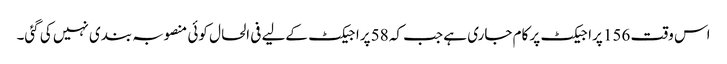
اس وقت 156 پراجیکٹ پر کام جاری ہے جب کہ 58 پراجیکٹ کےلیے فی الحال کوئی منصوبہ بندی نہیں کی گئی۔